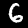
Digit: 6